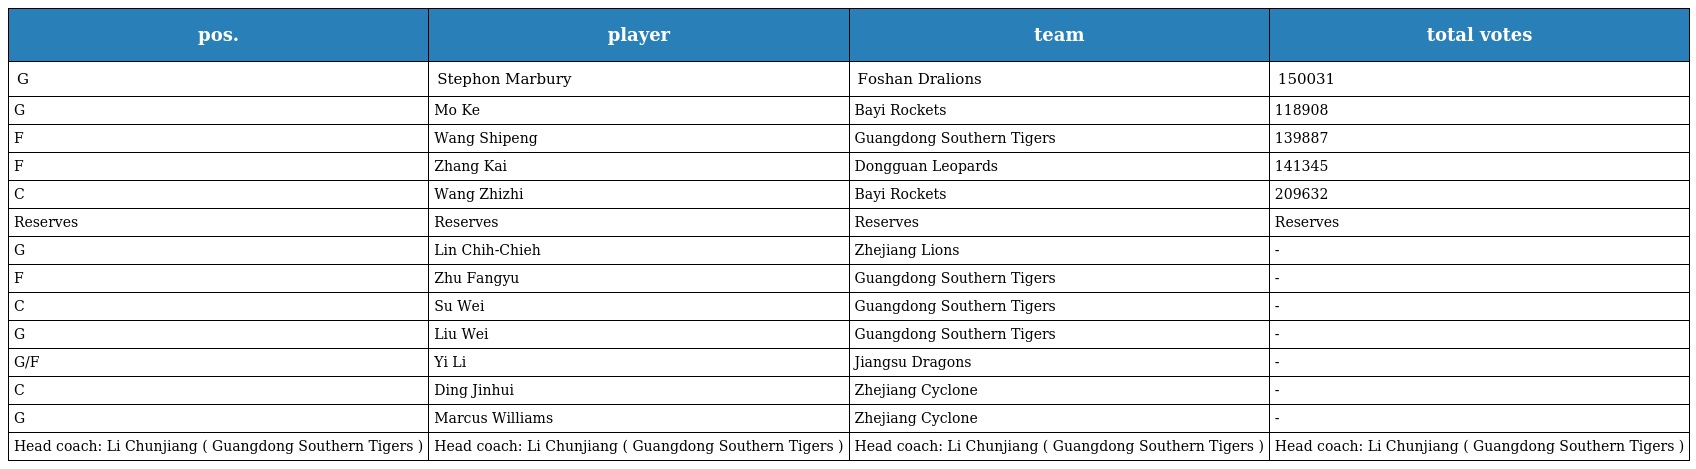
| pos. | player | team | total votes |
 | --- | --- | --- | --- |
 | G | Stephon Marbury | Foshan Dralions | 150031 |
 | G | Mo Ke | Bayi Rockets | 118908 |
 | F | Wang Shipeng | Guangdong Southern Tigers | 139887 |
 | F | Zhang Kai | Dongguan Leopards | 141345 |
 | C | Wang Zhizhi | Bayi Rockets | 209632 |
 | Reserves | Reserves | Reserves | Reserves |
 | G | Lin Chih-Chieh | Zhejiang Lions | - |
 | F | Zhu Fangyu | Guangdong Southern Tigers | - |
 | C | Su Wei | Guangdong Southern Tigers | - |
 | G | Liu Wei | Guangdong Southern Tigers | - |
 | G/F | Yi Li | Jiangsu Dragons | - |
 | C | Ding Jinhui | Zhejiang Cyclone | - |
 | G | Marcus Williams | Zhejiang Cyclone | - |
 | Head coach: Li Chunjiang ( Guangdong Southern Tigers ) | Head coach: Li Chunjiang ( Guangdong Southern Tigers ) | Head coach: Li Chunjiang ( Guangdong Southern Tigers ) | Head coach: Li Chunjiang ( Guangdong Southern Tigers ) |